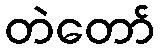
တဲတော်